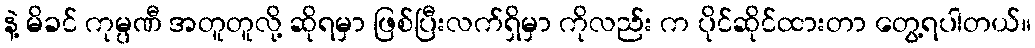
နဲ့ မိခင် ကုမ္ပဏီ အတူတူလို့ ဆိုရမှာ ဖြစ်ပြီးလက်ရှိမှာ ကိုလည်း က ပိုင်ဆိုင်ထားတာ တွေ့ရပါတယ်။